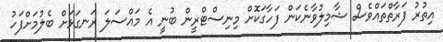
އިތުރު ފަރާތްތައްވެސް ޝާމިލުވާނެކަން ފަހާގަކޮށް މިނިސްޓްރީން ބުނީ އެ މައްސަލަ ރަނގަޅަށް ބެލުމަށްފަހު